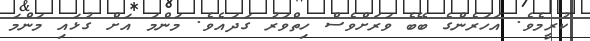
ކުރީމެވެ. އަހަރެންގެ ބޭބެ ވަރަށްވެސް ހިތްވަރު ގަދައެވެ. މަންމަ އަށް ގުޅައި މަންމަ